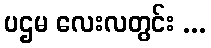
ပဌမ လေးလတွင်း ...